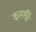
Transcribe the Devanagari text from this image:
कलमुरि